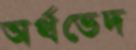
অর্থভেদ